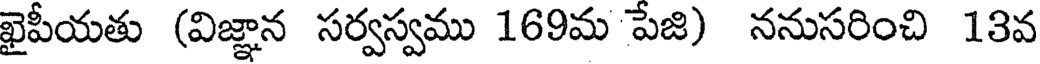
ఖైపీయతు (విజ్ఞాన సర్వస్వము 169మ పేజి) ననుసరించి 13వ